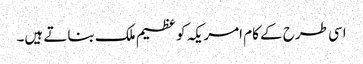
اسی طرح کے کام امریکہ کو عظیم ملک بناتے ہیں۔